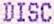
DISC